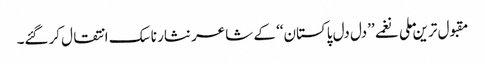
مقبول ترین ملی نغمے ’’دل دل پاکستان‘‘ کے شاعر نثار ناسک انتقال کرگئے۔